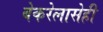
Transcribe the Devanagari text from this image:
बेकरेलासेही